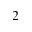
_ 2